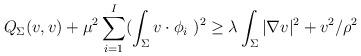
LaTeX: \begin{align*} Q_{\Sigma}(v, v)+ \mu^2\sum_{i=1}^I (\int_{\Sigma}v\cdot \phi_i\ )^2 \geq \lambda\int_{\Sigma} |\nabla v|^2 + v^2/\rho^2 \end{align*}